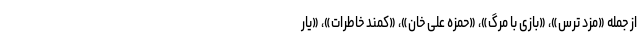
از جمله «مزد ترس»، «بازی با مرگ»، «حمزه علی خان»، «کمند خاطرات»، «یار